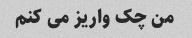
من چک واریز می کنم